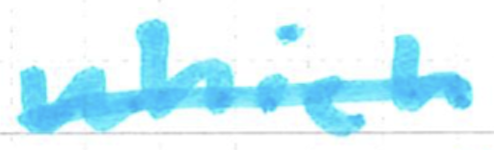
Text: which
Cross-out: single-line
Writing tool: marker